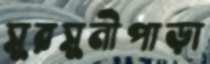
সুরসুনীপাড়া